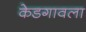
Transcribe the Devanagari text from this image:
केडगावला